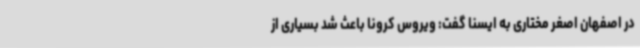
در اصفهان اصغر مختاری به ایسنا گفت: ویروس کرونا باعث شد بسیاری از